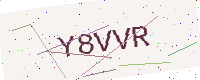
Text: Y8VVR